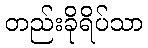
တည်းခိုရိပ်သာ